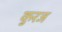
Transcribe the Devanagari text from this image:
कुरज